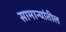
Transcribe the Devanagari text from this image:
सामान्यांतील